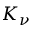
K _ { \nu }